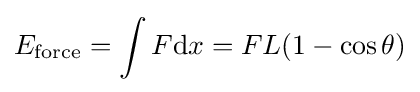
E_{\mathrm {force} }=\int {F\mathrm {d} x=FL(1-\cos \theta )}